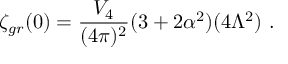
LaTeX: \zeta _ { g r } ( 0 ) = \frac { V _ { 4 } } { ( 4 \pi ) ^ { 2 } } ( 3 + 2 \alpha ^ { 2 } ) ( 4 \Lambda ^ { 2 } ) \ .